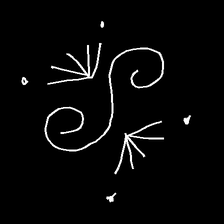
Glyph: aeroform